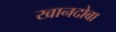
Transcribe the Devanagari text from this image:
खानदोबा